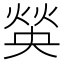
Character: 𤋍